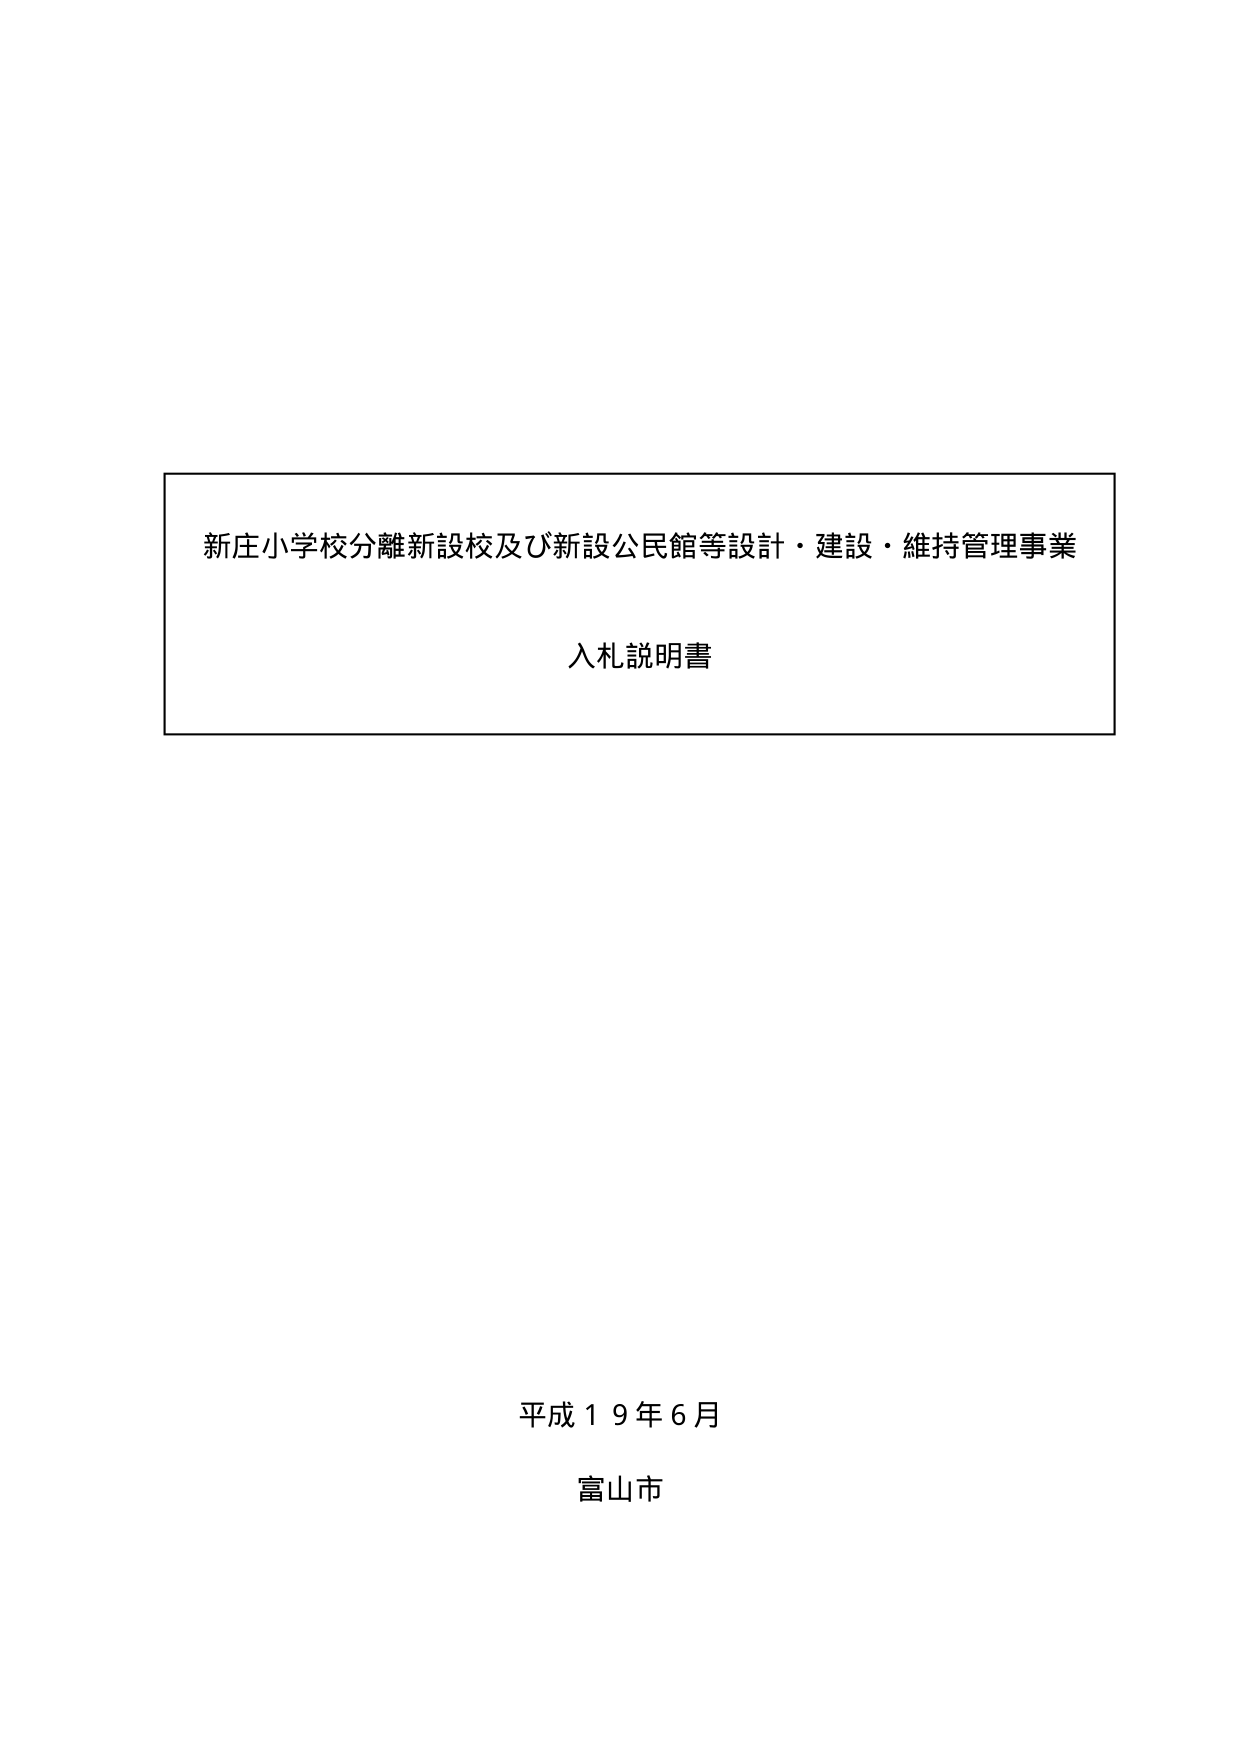
新庄小学校分離新設校及び新設公民館等設計・建設・維持管理事業
入札説明書

平成１９年６月
富山市